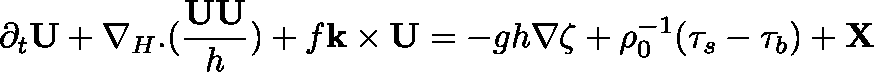
\partial _ { t } \mathbf { U } + \nabla _ { H } . ( \frac { \mathbf { U U } } { h } ) + f \mathbf { k } \times \mathbf { U } = - g h \nabla \zeta + \rho _ { 0 } ^ { - 1 } ( \mathbf { \tau } _ { s } - \mathbf { \tau } _ { b } ) + \mathbf { X }